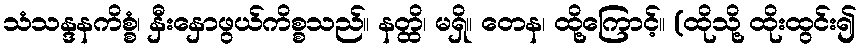
သံသန္ဒနကိစ္စံ၊ နှီးနှောဖွယ်ကိစ္စသည်။ နတ္ထိ၊ မရှိ။ တေန၊ ထို့ကြောင့်။ (ထိုသို့ ထိုးထွင်း၍